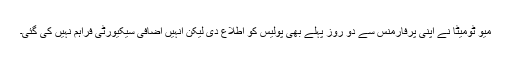
میو ٹومیٹا نے اپنی پرفارمنس سے دو روز پہلے بھی پولیس کو اطلاع دی لیکن انہیں اضافی سیکیورٹی فراہم نہیں کی گئی۔